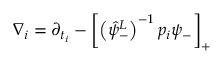
\nabla _ { i } = \partial _ { t _ { i } } - \left[ \left( \hat { \psi } _ { - } ^ { L } \right) ^ { - 1 } p _ { i } \psi _ { - } \right] _ { + }